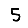
Digit: 5